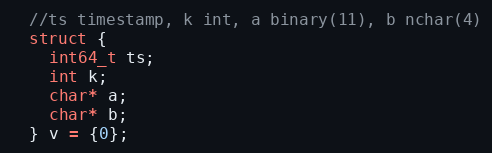
Language: C++
  //ts timestamp, k int, a binary(11), b nchar(4)
  struct {
    int64_t ts;
    int k;
    char* a;
    char* b;
  } v = {0};